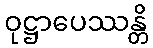
ဝုဋ္ဌာပေဿန္တိ